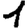
Digit: 1